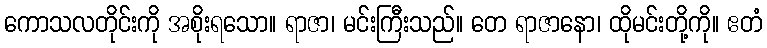
ကောသလတိုင်းကို အစိုးရသော။ ရာဇာ၊ မင်းကြီးသည်။ တေ ရာဇာနော၊ ထိုမင်းတို့ကို။ ဧတံ